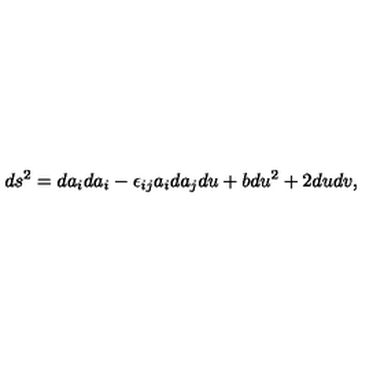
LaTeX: d s ^ { 2 } = d a _ { i } d a _ { i } - \epsilon _ { i j } a _ { i } d a _ { j } d u + b d u ^ { 2 } + 2 d u d v ,